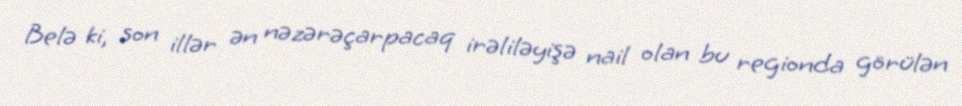
Belə ki, son illər ən nəzərəçarpacaq irəliləyişə nail olan bu regionda görülən